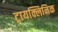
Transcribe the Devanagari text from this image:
ट्रायक्लिनिक